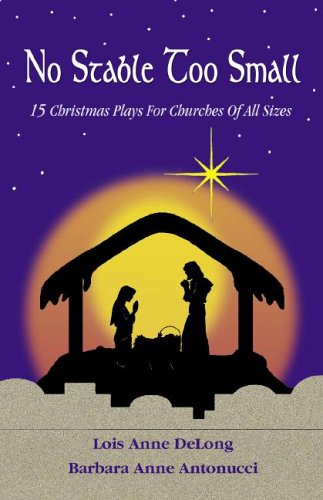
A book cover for No Stable Too Small; Lois Anne DeLong and Barbara Anne Antonucci; Literature & Fiction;